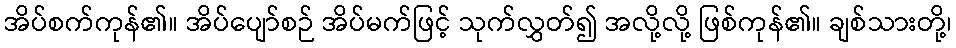
အိပ်စက်ကုန်၏။ အိပ်ပျော်စဉ် အိပ်မက်ဖြင့် သုက်လွှတ်၍ အလို့လို့ ဖြစ်ကုန်၏။ ချစ်သားတို့၊